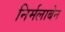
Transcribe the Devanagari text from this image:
निर्मलाबेन